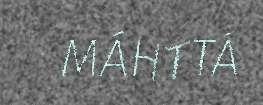
MÁHTTÁ